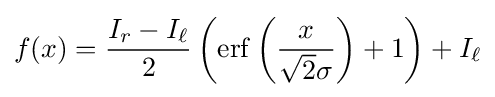
f(x)={\frac {I_{r}-I_{\ell }}{2}}\left(\operatorname {erf} \left({\frac {x}{{\sqrt {2}}\sigma }}\right)+1\right)+I_{\ell }